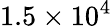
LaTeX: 1.5\times 10^{4}